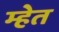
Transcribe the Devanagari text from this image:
म्हेत